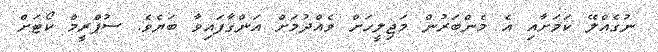
ނުގެއްލޭ ކަމަށާއި އެ މެންބަރުން މަޖިލީހަށް ވެއްދުމަށް އަންގާފައިވާ ބަޔެވެ. ސުޕްރީމް ކޯޓަށް